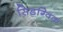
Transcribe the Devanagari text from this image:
सिडग्विक